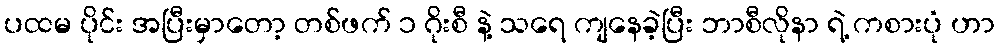
ပထမ ပိုင်း အပြီးမှာတော့ တစ်ဖက် ၁ ဂိုးစီ နဲ့ သရေ ကျနေခဲ့ပြီး ဘာစီလိုနာ ရဲ့ ကစားပုံ ဟာ